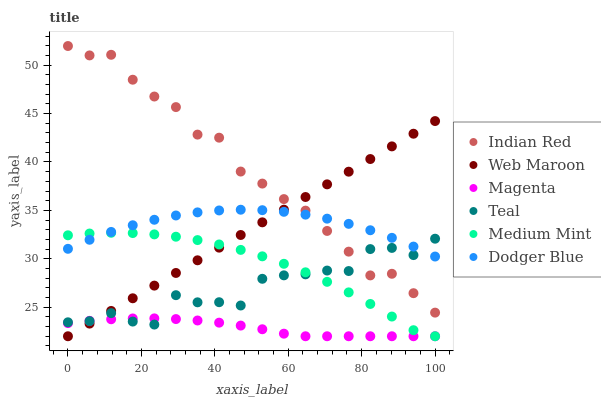
| xaxis_label | Indian Red | Web Maroon | Magenta | Teal | Medium Mint | Dodger Blue |
 | --- | --- | --- | --- | --- | --- | --- |
 | 0 | 52 | 22 | 23.4 | 23.4 | 32.4 | 31 |
 | 5.88 | 51 | 23.3 | 23.6 | 23.6 | 32.6 | 32 |
 | 11.8 | 51.1 | 24.6 | 23.8 | 24.4 | 32.7 | 32.8 |
 | 17.6 | 48.5 | 25.9 | 23.8 | 23.5 | 32.7 | 33.5 |
 | 23.5 | 46.8 | 27.2 | 23.8 | 23.2 | 32.5 | 34 |
 | 29.4 | 45.7 | 28.5 | 23.8 | 26.2 | 32.3 | 34.5 |
 | 35.3 | 42.8 | 29.8 | 23.6 | 25.5 | 31.9 | 34.8 |
 | 41.2 | 42.5 | 31.2 | 23.4 | 25.5 | 31.5 | 35 |
 | 47.1 | 39 | 32.5 | 23.1 | 25.2 | 30.9 | 35.1 |
 | 52.9 | 37.8 | 33.8 | 22.7 | 27.9 | 30.3 | 35 |
 | 58.8 | 36.2 | 35.1 | 22.3 | 28.3 | 29.5 | 34.9 |
 | 64.7 | 35 | 36.4 | 22 | 28.4 | 28.6 | 34.6 |
 | 70.6 | 32.9 | 37.7 | 22 | 28.8 | 27.6 | 34.1 |
 | 76.5 | 30.7 | 39 | 22 | 28.7 | 26.5 | 33.6 |
 | 82.4 | 28.3 | 40.3 | 22 | 31 | 25.3 | 32.9 |
 | 88.2 | 28.5 | 41.6 | 22 | 31.1 | 24 | 32.2 |
 | 94.1 | 26.4 | 42.9 | 22 | 30.4 | 22.6 | 31.3 |
 | 100 | 24.4 | 44.2 | 22 | 32.1 | 22 | 30.2 |